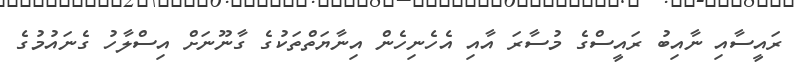
ރައީސާއި ނާއިބު ރައީސްގެ މުސާރަ އާއި އެހެނިހެން އިނާޔަތްތަކުގެ ގާނޫނަށް އިސްލާހު ގެނައުމުގެ